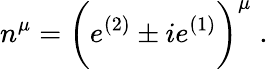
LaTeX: n^{\mu}=\biggl(e^{(2)}\pm ie^{(1)}\biggr)^{\mu}\; .